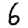
Digit: 6